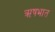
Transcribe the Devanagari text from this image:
ऋषभात